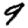
Digit: 9